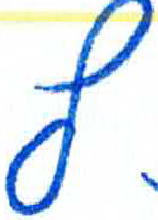
אות: צ